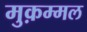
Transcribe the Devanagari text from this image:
मुक़म्मल